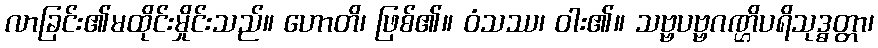
လာခြင်း၏မထိုင်းမှိုင်းသည်။ ဟောတိ၊ ဖြစ်၏။ ဝံသဿ၊ ဝါး၏။ သဗ္ဗပဗ္ဗဂဏ္ဌိပရိသုဒ္ဓတ္တာ၊